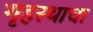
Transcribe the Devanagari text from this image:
गृहस्थाचा